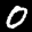
Label: 0